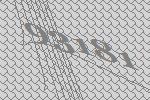
93181